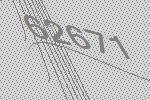
62671